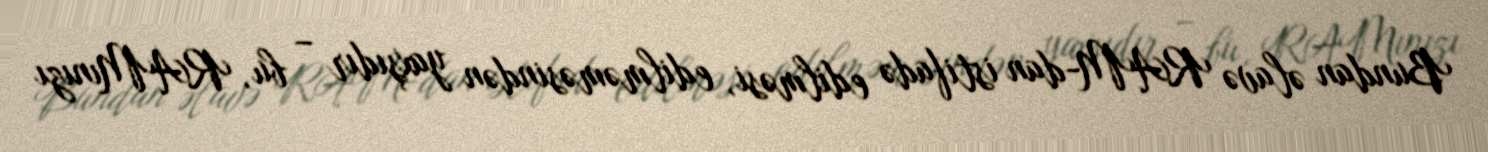
Bundan əlavə RAM-dan istifadə edilməsi, edilməməsindən yaxşıdır – bu, RAMınızı